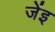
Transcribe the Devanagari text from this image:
जेंइ